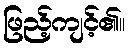
ဖြည့်ကျင့်၏။